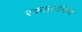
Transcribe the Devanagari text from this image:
रक्तद्रवामध्ये